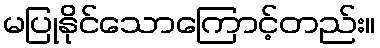
မပြုနိုင်သောကြောင့်တည်း။